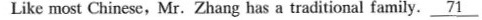
Like most Chinese, Mr.Zhang has a traditional family.\underline{71}